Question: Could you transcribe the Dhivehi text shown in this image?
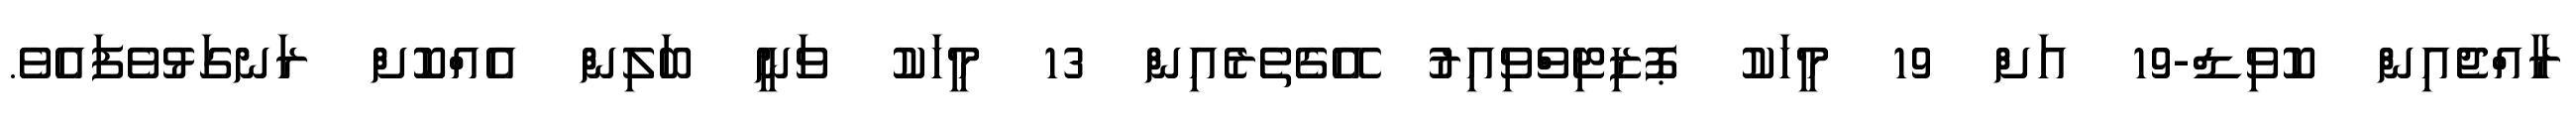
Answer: ރާއްޖެއިން ކޮވިޑް-19 އަށް 19 މީހަކު ޕޮޒިޓިވްވިއިރު އޭގެތެރެއިން 13 މީހަކު ވަނީ ބަލިން އެއްކޮށް ރަނގަޅުވެފައެވެ.